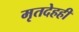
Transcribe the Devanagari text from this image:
मृतदेहही